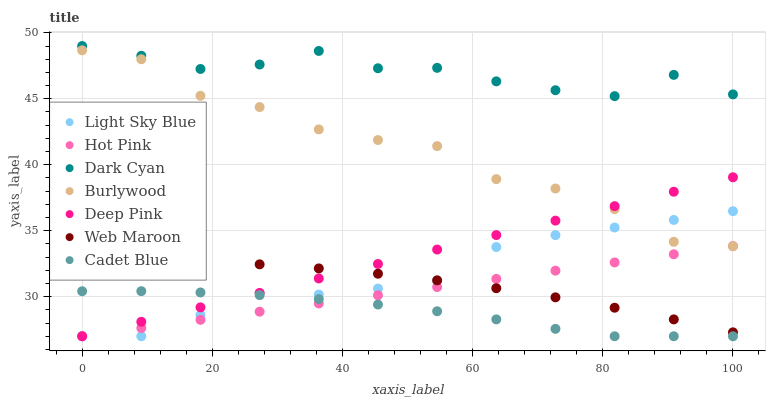
| xaxis_label | Light Sky Blue | Hot Pink | Dark Cyan | Burlywood | Deep Pink | Web Maroon | Cadet Blue |
 | --- | --- | --- | --- | --- | --- | --- | --- |
 | 0 | 27 | 27 | 49 | 48.7 | 27 | 32.8 | 30.4 |
 | 9.09 | 27 | 27.6 | 48.3 | 48 | 28.1 | 32.8 | 30.4 |
 | 18.2 | 28.6 | 28.2 | 47.3 | 45.2 | 29.2 | 32.7 | 30.3 |
 | 27.3 | 30.3 | 28.9 | 47.6 | 44.4 | 30.3 | 32.5 | 30.1 |
 | 36.4 | 30.2 | 29.5 | 48.6 | 42.7 | 31.4 | 32.1 | 29.8 |
 | 45.5 | 30.6 | 30.1 | 47.3 | 41.9 | 32.5 | 31.7 | 29.4 |
 | 54.5 | 31.2 | 30.7 | 47.3 | 41.4 | 33.6 | 31.2 | 28.9 |
 | 63.6 | 33.8 | 31.4 | 46.3 | 38.9 | 34.7 | 30.6 | 28.3 |
 | 72.7 | 34.7 | 32 | 45.6 | 38.2 | 35.8 | 30 | 27.6 |
 | 81.8 | 35.2 | 32.6 | 45.2 | 36.6 | 36.9 | 29.2 | 27 |
 | 90.9 | 35.8 | 33.2 | 46.8 | 34.2 | 38 | 28.3 | 27 |
 | 100 | 36.5 | 33.8 | 45.3 | 33.8 | 39.1 | 27.3 | 27 |